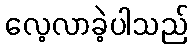
လေ့လာခဲ့ပါသည်